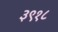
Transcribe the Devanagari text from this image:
३९१८